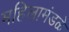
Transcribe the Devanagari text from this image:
महिलामंडळे